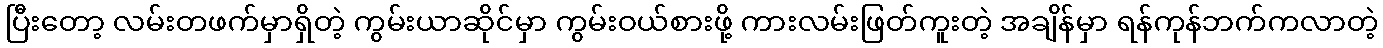
ပြီးတော့ လမ်းတဖက်မှာရှိတဲ့ ကွမ်းယာဆိုင်မှာ ကွမ်းဝယ်စားဖို့ ကားလမ်းဖြတ်ကူးတဲ့ အချိန်မှာ ရန်ကုန်ဘက်ကလာတဲ့